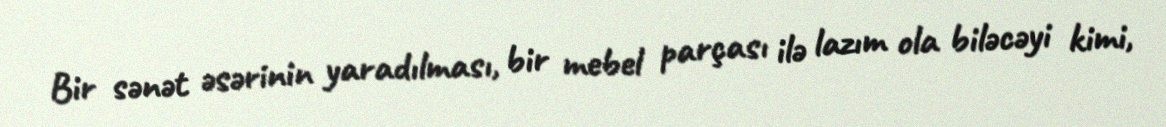
Bir sənət əsərinin yaradılması, bir mebel parçası ilə lazım ola biləcəyi kimi,